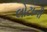
લોટાની